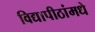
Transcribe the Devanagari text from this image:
विद्यापीठांमधे